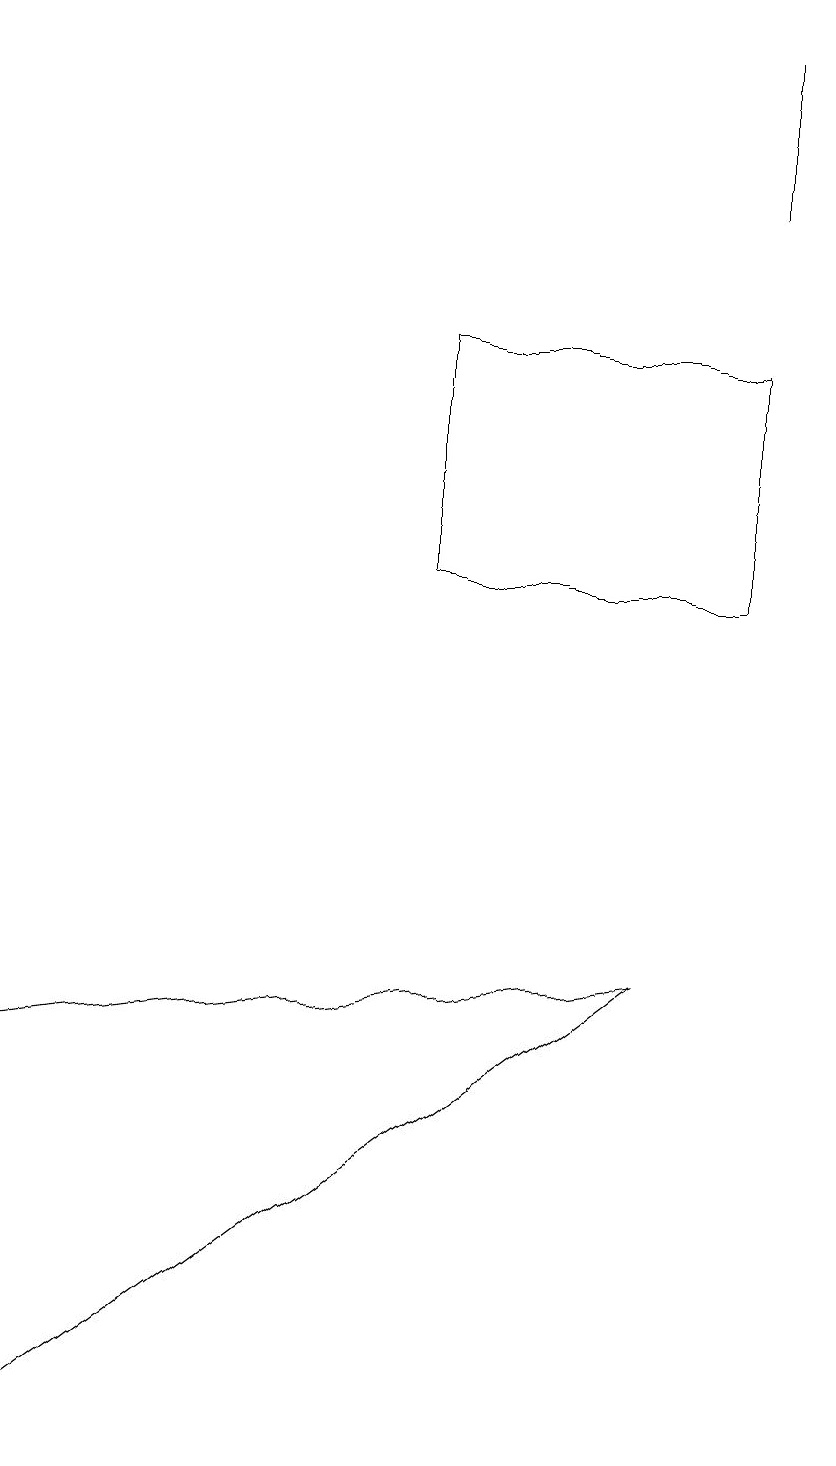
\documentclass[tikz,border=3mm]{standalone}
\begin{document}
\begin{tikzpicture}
\draw (8,7) -- (0,1) -- (0,6) -- cycle;
\draw (5,12) rectangle (9,15);
\draw (10,10) circle (0);
\draw (9,19) rectangle (9,17);
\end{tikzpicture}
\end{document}